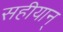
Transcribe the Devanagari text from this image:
सहीयान्